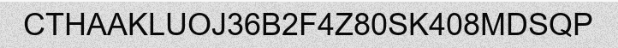
CTHAAKLUOJ36B2F4Z80SK408MDSQP